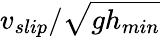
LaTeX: v_{slip}/\sqrt{gh_{min}}